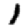
Digit: 1